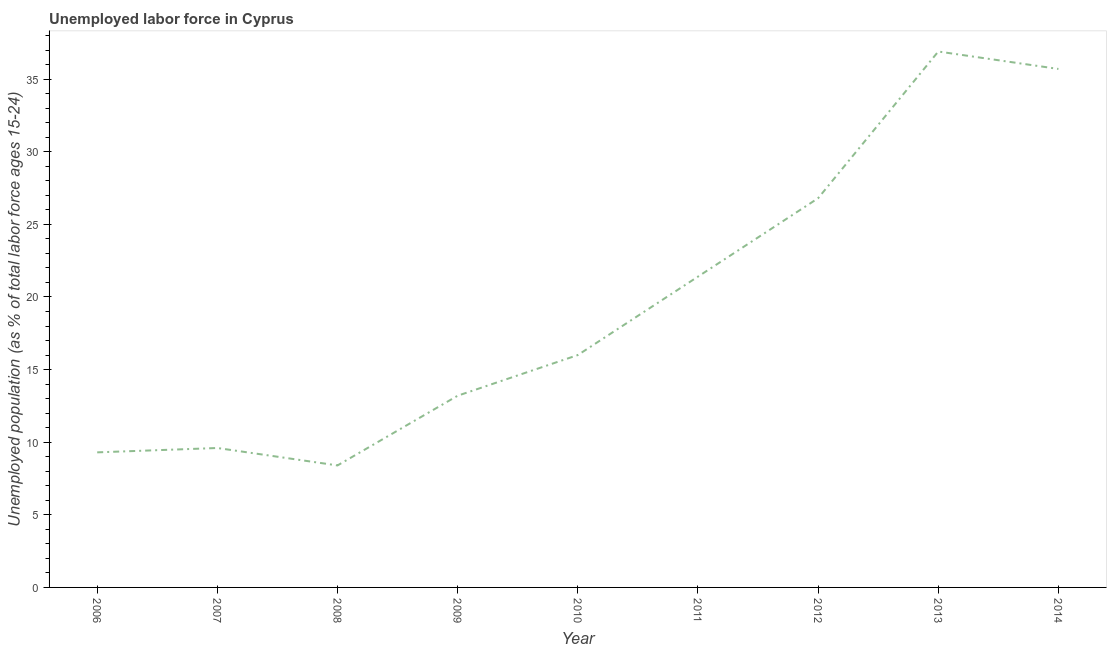
| Year | Unemployment |
 | --- | --- |
 | 2006 | 9.3 |
 | 2007 | 9.6 |
 | 2008 | 8.4 |
 | 2009 | 13.2 |
 | 2010 | 16 |
 | 2011 | 21.4 |
 | 2012 | 26.8 |
 | 2013 | 36.9 |
 | 2014 | 35.7 |